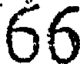
66